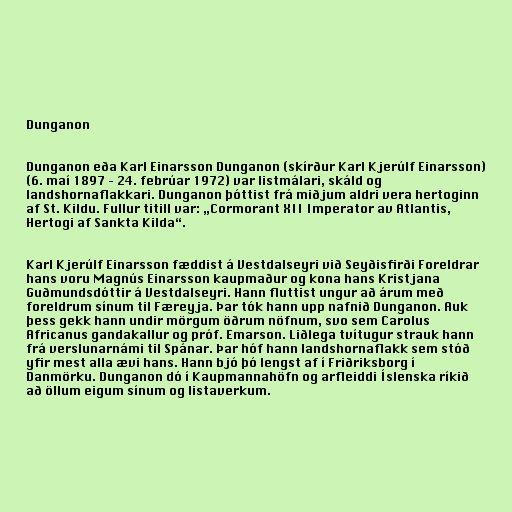
Dunganon

Dunganon eða Karl Einarsson Dunganon (skírður Karl Kjerúlf Einarsson)
(6. maí 1897 – 24. febrúar 1972) var listmálari, skáld og
landshornaflakkari. Dunganon þóttist frá miðjum aldri vera hertoginn
af St. Kildu. Fullur titill var: „Cormorant XII Imperator av Atlantis,
Hertogi af Sankta Kilda“.

Karl Kjerúlf Einarsson fæddist á Vestdalseyri við Seyðisfirði Foreldrar
hans voru Magnús Einarsson kaupmaður og kona hans Kristjana
Guðmundsdóttir á Vestdalseyri. Hann fluttist ungur að árum með
foreldrum sínum til Færeyja. Þar tók hann upp nafnið Dunganon. Auk
þess gekk hann undir mörgum öðrum nöfnum, svo sem Carolus
Africanus gandakallur og próf. Emarson. Liðlega tvítugur strauk hann
frá verslunarnámi til Spánar. Þar hóf hann landshornaflakk sem stóð
yfir mest alla ævi hans. Hann bjó þó lengst af í Friðriksborg í
Danmörku. Dunganon dó í Kaupmannahöfn og arfleiddi Íslenska ríkið
að öllum eigum sínum og listaverkum.